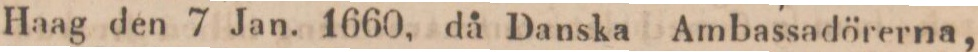
Haag den 7 Jan. 1660, då Danska Ambassadörerna,